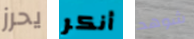
يحرز أنكر شوهد